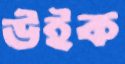
উইক